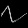
Digit: ၇